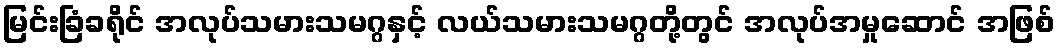
မြင်းခြံခရိုင် အလုပ်သမားသမဂ္ဂနှင့် လယ်သမားသမဂ္ဂတို့တွင် အလုပ်အမှုဆောင် အဖြစ်